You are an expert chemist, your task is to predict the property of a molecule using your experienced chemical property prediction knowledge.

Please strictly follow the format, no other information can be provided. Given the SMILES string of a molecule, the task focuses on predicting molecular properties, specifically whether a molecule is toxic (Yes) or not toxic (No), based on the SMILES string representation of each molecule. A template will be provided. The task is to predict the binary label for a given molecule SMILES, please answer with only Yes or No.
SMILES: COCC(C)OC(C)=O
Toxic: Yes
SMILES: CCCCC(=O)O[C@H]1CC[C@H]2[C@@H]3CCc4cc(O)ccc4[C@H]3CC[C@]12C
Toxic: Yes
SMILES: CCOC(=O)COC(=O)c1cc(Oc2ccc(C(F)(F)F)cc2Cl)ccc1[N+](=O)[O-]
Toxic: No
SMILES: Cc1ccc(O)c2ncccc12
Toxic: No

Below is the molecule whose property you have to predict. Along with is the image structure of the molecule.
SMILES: CCOc1cc(NC(C)=O)ccc1C(=O)OC
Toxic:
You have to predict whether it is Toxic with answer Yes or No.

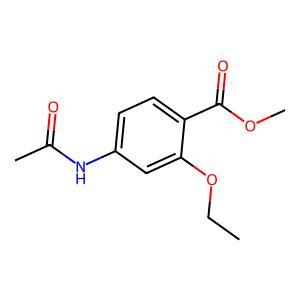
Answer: No